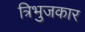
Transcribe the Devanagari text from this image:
त्रिभुजकार